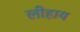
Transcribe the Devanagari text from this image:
लीहाय